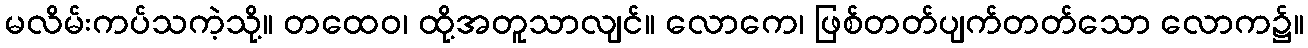
မလိမ်းကပ်သကဲ့သို့။ တထေဝ၊ ထို့အတူသာလျင်။ လောကေ၊ ဖြစ်တတ်ပျက်တတ်သော လောက၌။